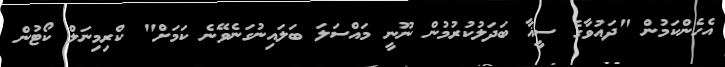
އެހެންކަމުން "ދައުވާގެ ސީޣާ ބަދަލުކުރުމުން ނޫނީ މައްސަލަ ބަލައިނުގަނެވޭނެ ކަމަށް" ކްރިމިނަލް ކޯޓުން